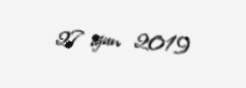
27 iyun 2019